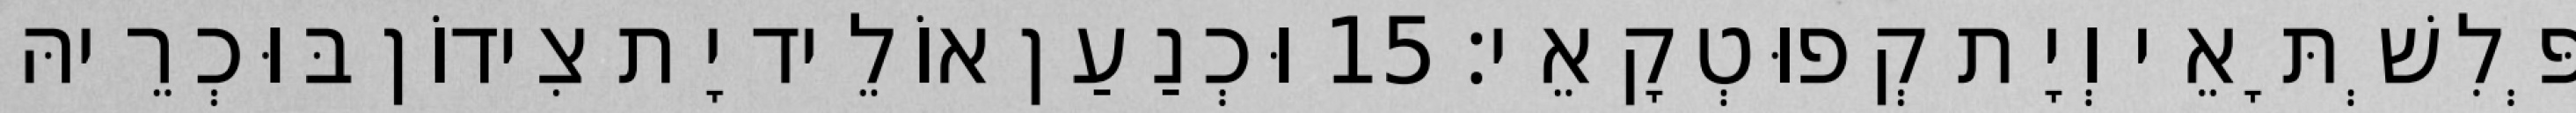
פְּלִשְׁתָּאֵי וְיָת קְפוּטְקָאֵי׃ 15 וּכְנַעַן אוֹלֵיד יָת צִידוֹן בּוּכְרֵיהּ